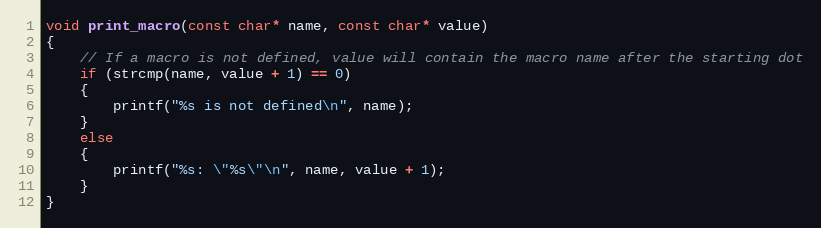
Language: C++
void print_macro(const char* name, const char* value)
{
    // If a macro is not defined, value will contain the macro name after the starting dot
    if (strcmp(name, value + 1) == 0)
    {
        printf("%s is not defined\n", name);
    }
    else
    {
        printf("%s: \"%s\"\n", name, value + 1);
    }
}